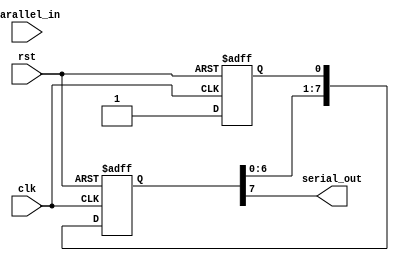
module piso_shift_register(
  input clk,
  input rst,
  input parallel_in,
  output serial_out
);

reg [7:0] data;
reg [7:0] shift_reg;
reg sel;

always @(posedge clk or posedge rst)
begin
  if(rst)
    begin
      data <= 8'b0;
      shift_reg <= 8'b0;
      sel <= 1'b0;
    end
  else
    begin
      data <= parallel_in;
      sel <= 1'b1;
      shift_reg <= {shift_reg[6:0], sel};
    end
end

assign serial_out = shift_reg[7];

endmodule